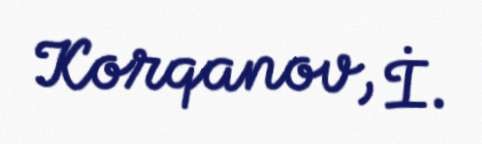
Korqanov, İ.